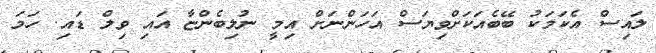
ލައިސް އެކަމަކު ބޭބެއަކަށްވިޔަސް އަހަންނަށް އިމީ ނުލިބެންޏާ އައި ވިލް ޑައި. ހަމަ